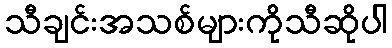
သီချင်းအသစ်များကိုသီဆိုပါ